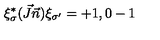
\xi _ { \sigma } ^ { * } ( \vec { J } \vec { n } ) \xi _ { \sigma ^ { \prime } } = + 1 , 0 - 1